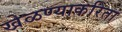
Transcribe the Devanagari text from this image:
खेळण्याकरिता